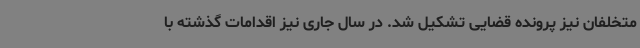
متخلفان نیز پرونده قضایی تشکیل شد. در سال جاری نیز اقدامات گذشته با